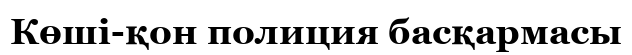
Көші-қон полиция басқармасы